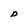
Character: D